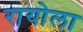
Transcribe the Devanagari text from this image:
रायोला